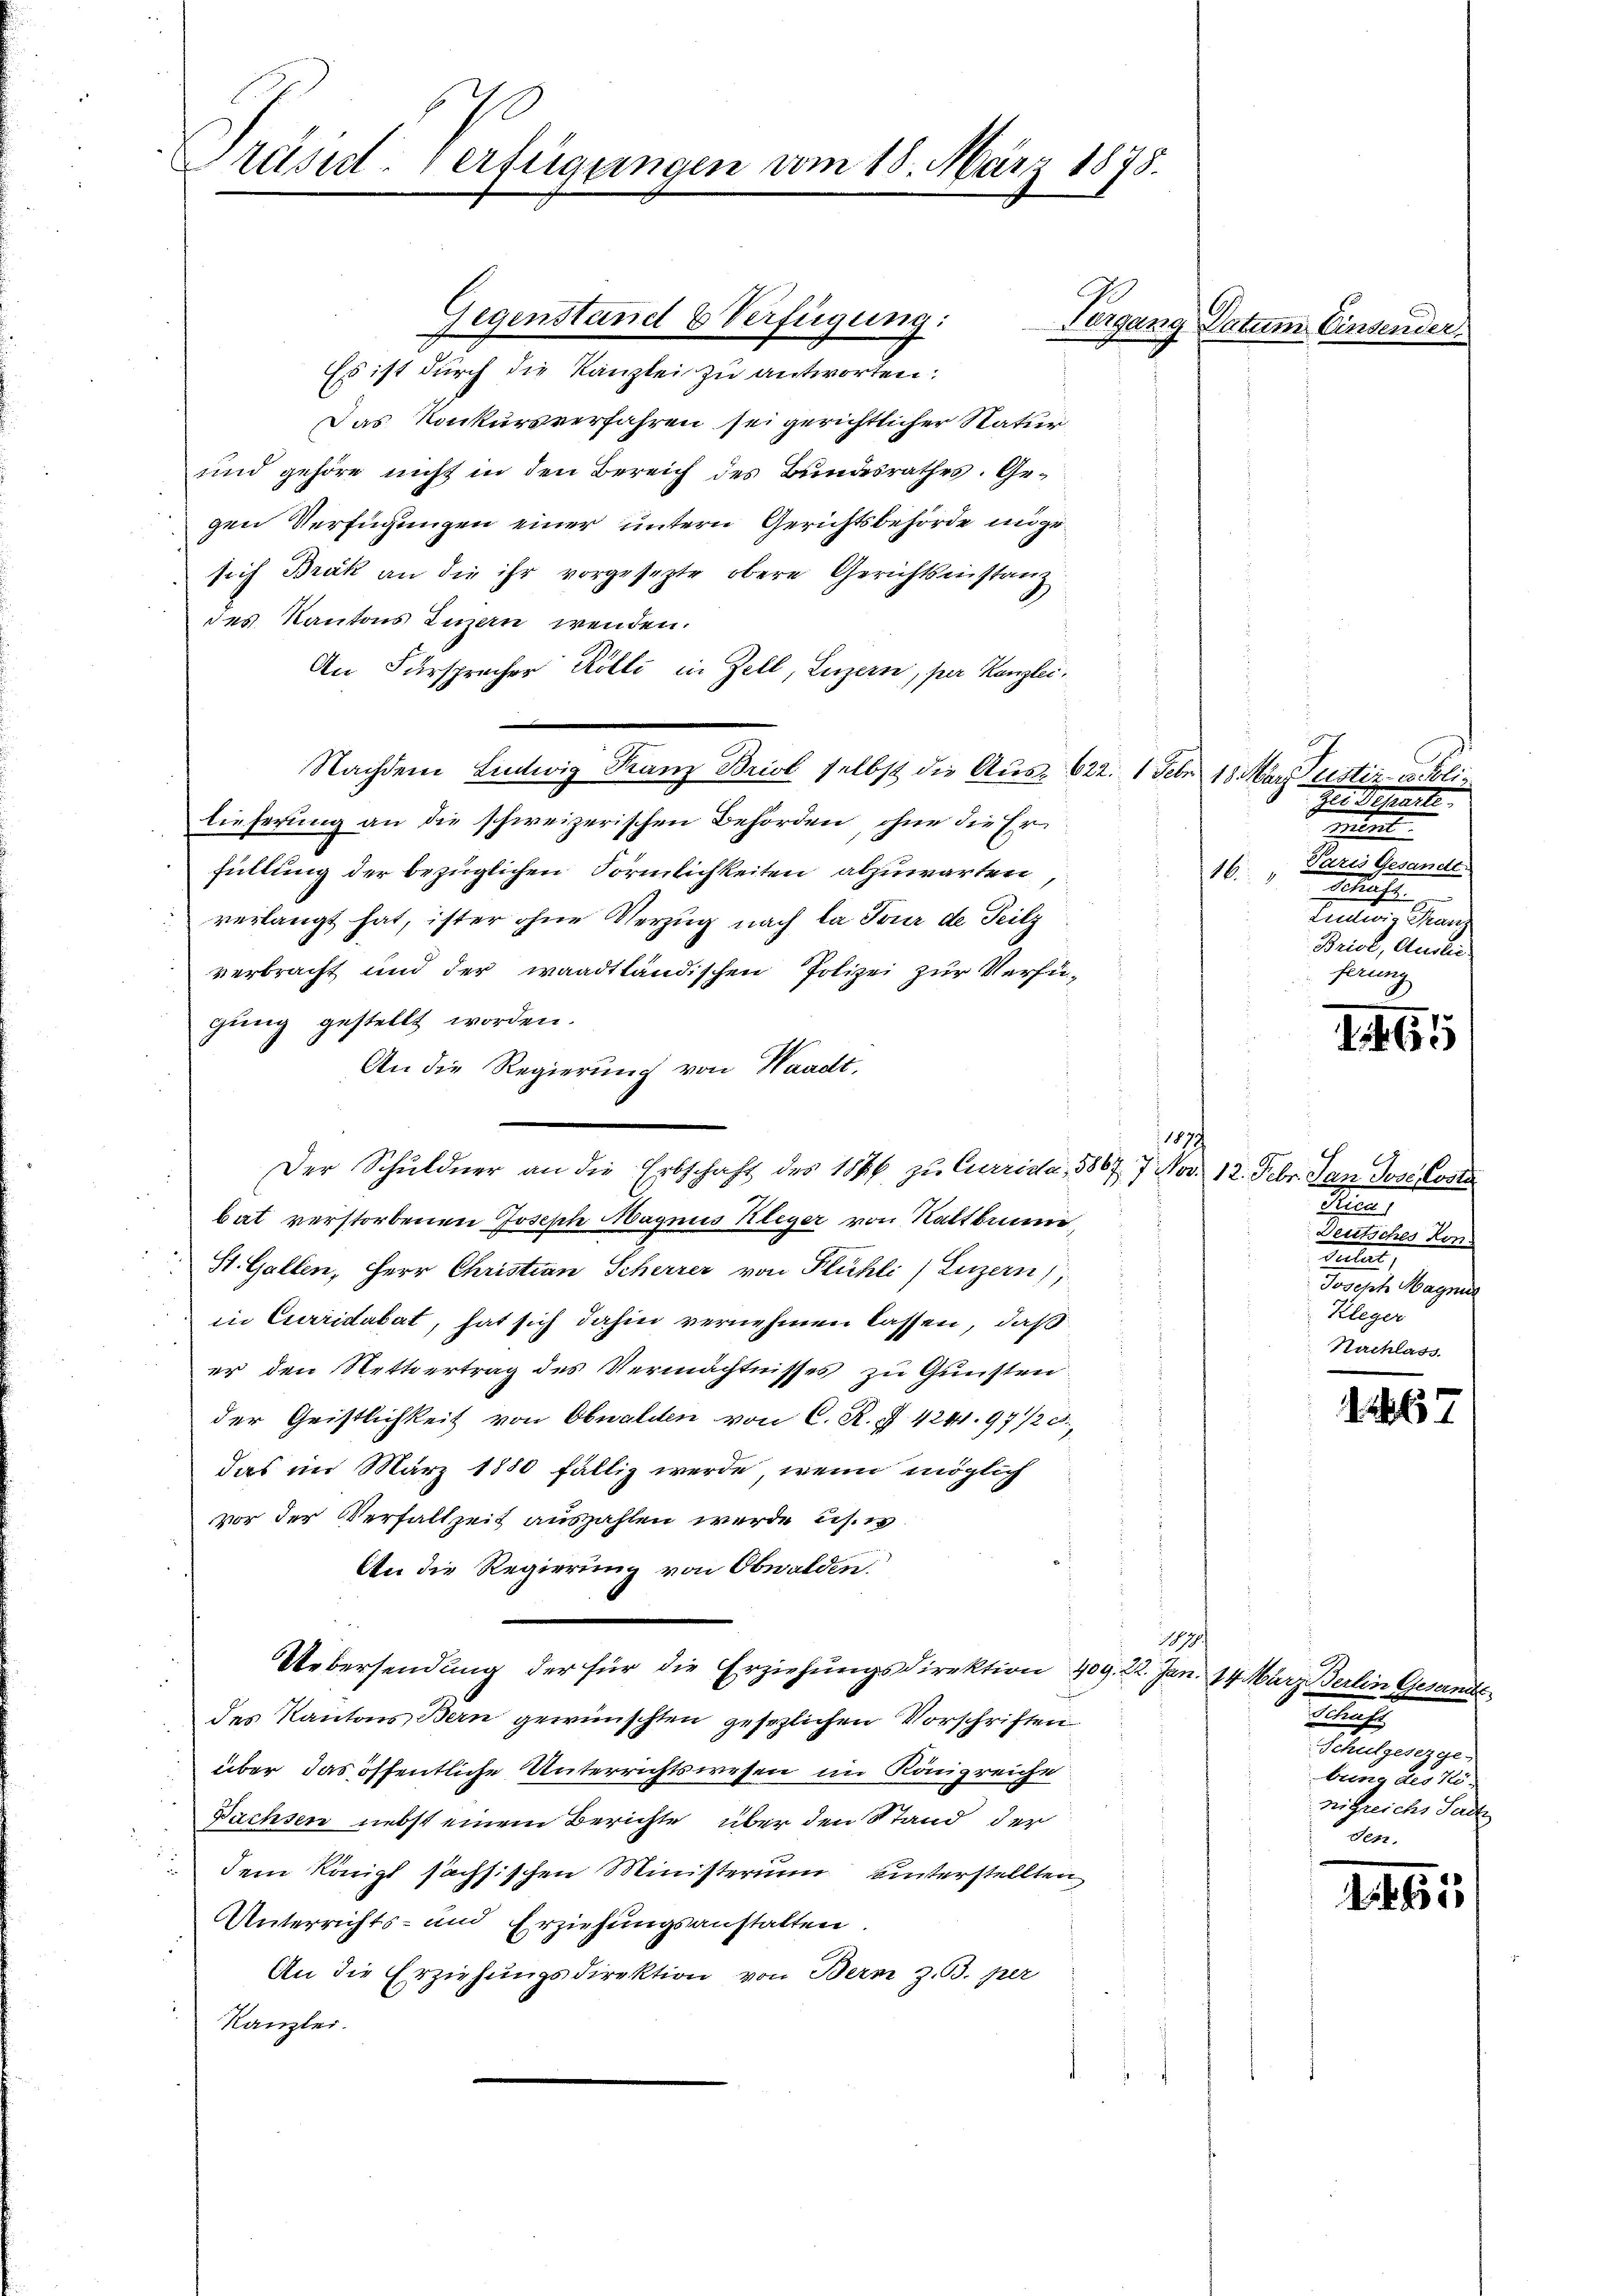
Präsid. Verfügungen vom 18. März 1878.

Gegenstand & Verfügung:
Es ist durch die Kanzlei zu antworten:
Das Konkursverfahren sei gerichtlicher Statur¬
und gehöre nicht in den Bereich des Bundesrathes. Gegen Verfügungen einer untern Gerichtsbehörde ungesich Brák an die ihr vorgesezte obere Gerichtseinstanz
des Kantons Luzern wenden.
An Fürsprecher Rölli in Zell, Luzern, per Kanzlei.
Nachdem Lintwig Kranz Briol selbst die Aus 622. 1 Febr. 18 Mar Justiz- & Poliz
lieferung an die schweizerischen Behörden, ohne die Er
füllung der bezüglichen Förmlichkeiten abzuwarten
verlangt hat, ister ohne Verzug nach la Tour de Teilz
verbracht und der waadtländischen Polizei zur Verfügung gestellt worden.
An die Regierung von Waadt,
bat verstorbenen Josepte Magnis Kleger von Kaltbrunn,
St. Gallen, Herr Christian Scherrer von Flühli (Luzern)
in Curridabat, hat sich dahin vernehmen lassen, daß
er den Nettertrag des Vermächtnisses zu Gunsten
der Geistlichkeit von Obwalden von C. R. Z. 424.97/20
das im März 1880 fällig werde, wenn möglich
vor der Verfallzeit auszahlen werde u. es
An die Regierung von Obwalden.
1187.
Uebersendung der für die Erziehungsdirektion 409. 22. Jan. 14. März Berlin Gesandts
des Kantons Bern gewünschten gesezlichen Vorschriften
über das öffentliche Unterrichtswesen im Königreiche
Dachsen nebst einem Berichte über den Stand der
dem Königl sächsischen Ministerium hinterstellten
Unterrichts- und Erziehungsanstalten.
An die Erziehungsdirektion von Bern z.B. per
Kanzlei.

Der Schuldner an die Erbschaft des 1846 zu Currida, 3867. 7. Nov. 12. Febr. dan Jose Koste

Vergang Datum Einsen

187

d

zur Beseite
t
Paris Gesander
1
taufte
tnau, Man
Briol, Ausle
ferung

.
6

C
e
Teutsches Hon
tuler,
Joseph Magn
Kleger
Nachlass

1267

t
Schulgeserge
bring des Königreichs Sadte
den.

1465